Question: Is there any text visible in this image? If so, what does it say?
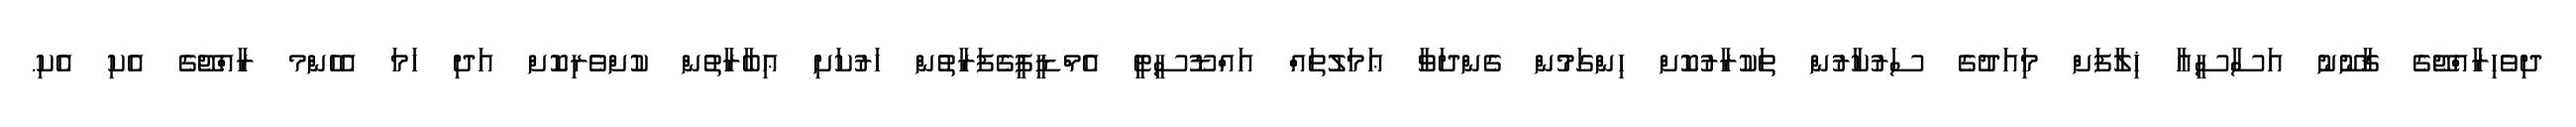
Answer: ދިވެހިރާއްޖޭގެ ޤާނޫނު އަސާސީއާ ޚިލާފަށް މިައަދުގެ ސަރުކާރުން ތަކުރާރުކޮށް ހިންގަމުން ގެންދަވާ ޢަމަލުތައް އައްޑޫސީޓީ އެމްޑީޕީގެފަރާތުން ހަރުކަށި ޢިބާރާތުން ކުށްވެރިކޮށް އަދި ހަމަ އެހެންމ ރާއްޖޭގެ އެކި އެކި.